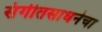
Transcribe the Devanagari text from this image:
संगीतसाधनेचा